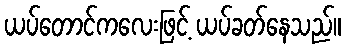
ယပ်တောင်ကလေးဖြင့် ယပ်ခတ်နေသည်။